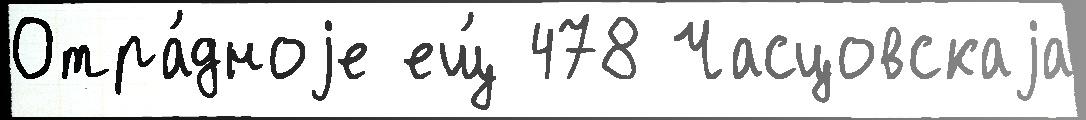
Отра́дноjе ещ́ 478 Часцовскаjа